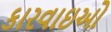
કારવાઇઓ